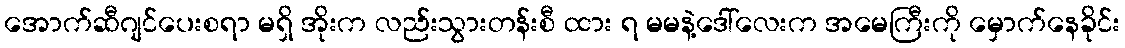
အောက်ဆီဂျင်ပေးစရာ မရှိ အိုးက လည်းသွားတန်းစီ ထား ရ မမနဲ့ဒေါ်လေးက အမေကြီးကို မှောက်နေခိုင်း